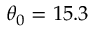
\theta _ { 0 } = 1 5 . 3